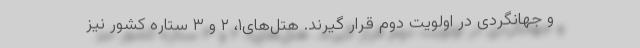
و جهانگردی در اولویت دوم قرار گیرند. هتل‌های۱، ۲ و ۳ ستاره کشور نیز